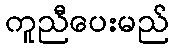
ကူညီပေးမည်